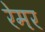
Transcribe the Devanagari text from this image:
रेमर